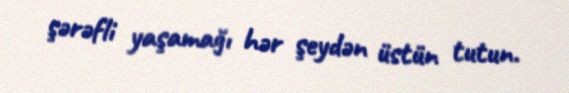
şərəfli yaşamağı hər şeydən üstün tutun.